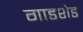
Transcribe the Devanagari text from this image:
गाडशेड